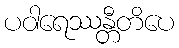
ပဝါရေဿန္တီတိပေ